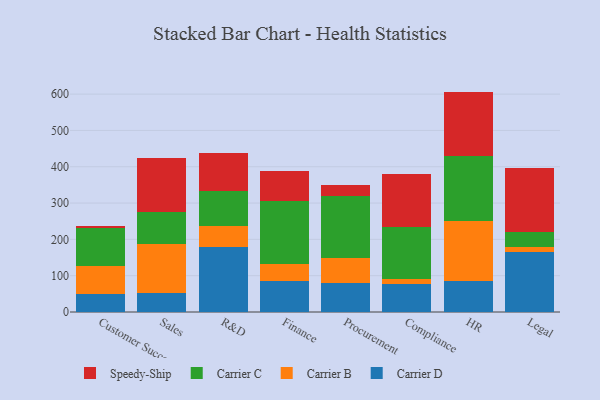
{"axis": {"x": "Department", "y": "Conversion Rate (%)"}, "legend": ["Carrier B", "Carrier C", "Carrier D", "Speedy-Ship"], "data": [{"x": "Customer Success", "y": 49.0, "type": "Carrier D"}, {"x": "Customer Success", "y": 76.4, "type": "Carrier B"}, {"x": "Customer Success", "y": 105.6, "type": "Carrier C"}, {"x": "Customer Success", "y": 6.0, "type": "Speedy-Ship"}, {"x": "Sales", "y": 51.3, "type": "Carrier D"}, {"x": "Sales", "y": 135.9, "type": "Carrier B"}, {"x": "Sales", "y": 89.5, "type": "Carrier C"}, {"x": "Sales", "y": 146.3, "type": "Speedy-Ship"}, {"x": "R&D", "y": 178.0, "type": "Carrier D"}, {"x": "R&D", "y": 59.2, "type": "Carrier B"}, {"x": "R&D", "y": 95.1, "type": "Carrier C"}, {"x": "R&D", "y": 106.6, "type": "Speedy-Ship"}, {"x": "Finance", "y": 86.0, "type": "Carrier D"}, {"x": "Finance", "y": 46.7, "type": "Carrier B"}, {"x": "Finance", "y": 173.8, "type": "Carrier C"}, {"x": "Finance", "y": 82.6, "type": "Speedy-Ship"}, {"x": "Procurement", "y": 79.5, "type": "Carrier D"}, {"x": "Procurement", "y": 69.5, "type": "Carrier B"}, {"x": "Procurement", "y": 171.8, "type": "Carrier C"}, {"x": "Procurement", "y": 29.2, "type": "Speedy-Ship"}, {"x": "Compliance", "y": 76.3, "type": "Carrier D"}, {"x": "Compliance", "y": 15.4, "type": "Carrier B"}, {"x": "Compliance", "y": 143.1, "type": "Carrier C"}, {"x": "Compliance", "y": 146.0, "type": "Speedy-Ship"}, {"x": "HR", "y": 86.7, "type": "Carrier D"}, {"x": "HR", "y": 164.3, "type": "Carrier B"}, {"x": "HR", "y": 177.5, "type": "Carrier C"}, {"x": "HR", "y": 178.4, "type": "Speedy-Ship"}, {"x": "Legal", "y": 166.3, "type": "Carrier D"}, {"x": "Legal", "y": 12.9, "type": "Carrier B"}, {"x": "Legal", "y": 39.8, "type": "Carrier C"}, {"x": "Legal", "y": 177.7, "type": "Speedy-Ship"}]}